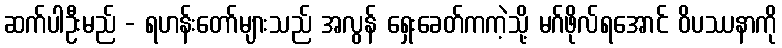
ဆက်ပါဦးမည် - ရဟန်းတော်များသည် အလွန် ရှေးခေတ်ကကဲ့သို့ မဂ်ဖိုလ်ရအောင် ဝိပဿနာကို